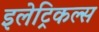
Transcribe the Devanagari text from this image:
इलेट्रिकल्स